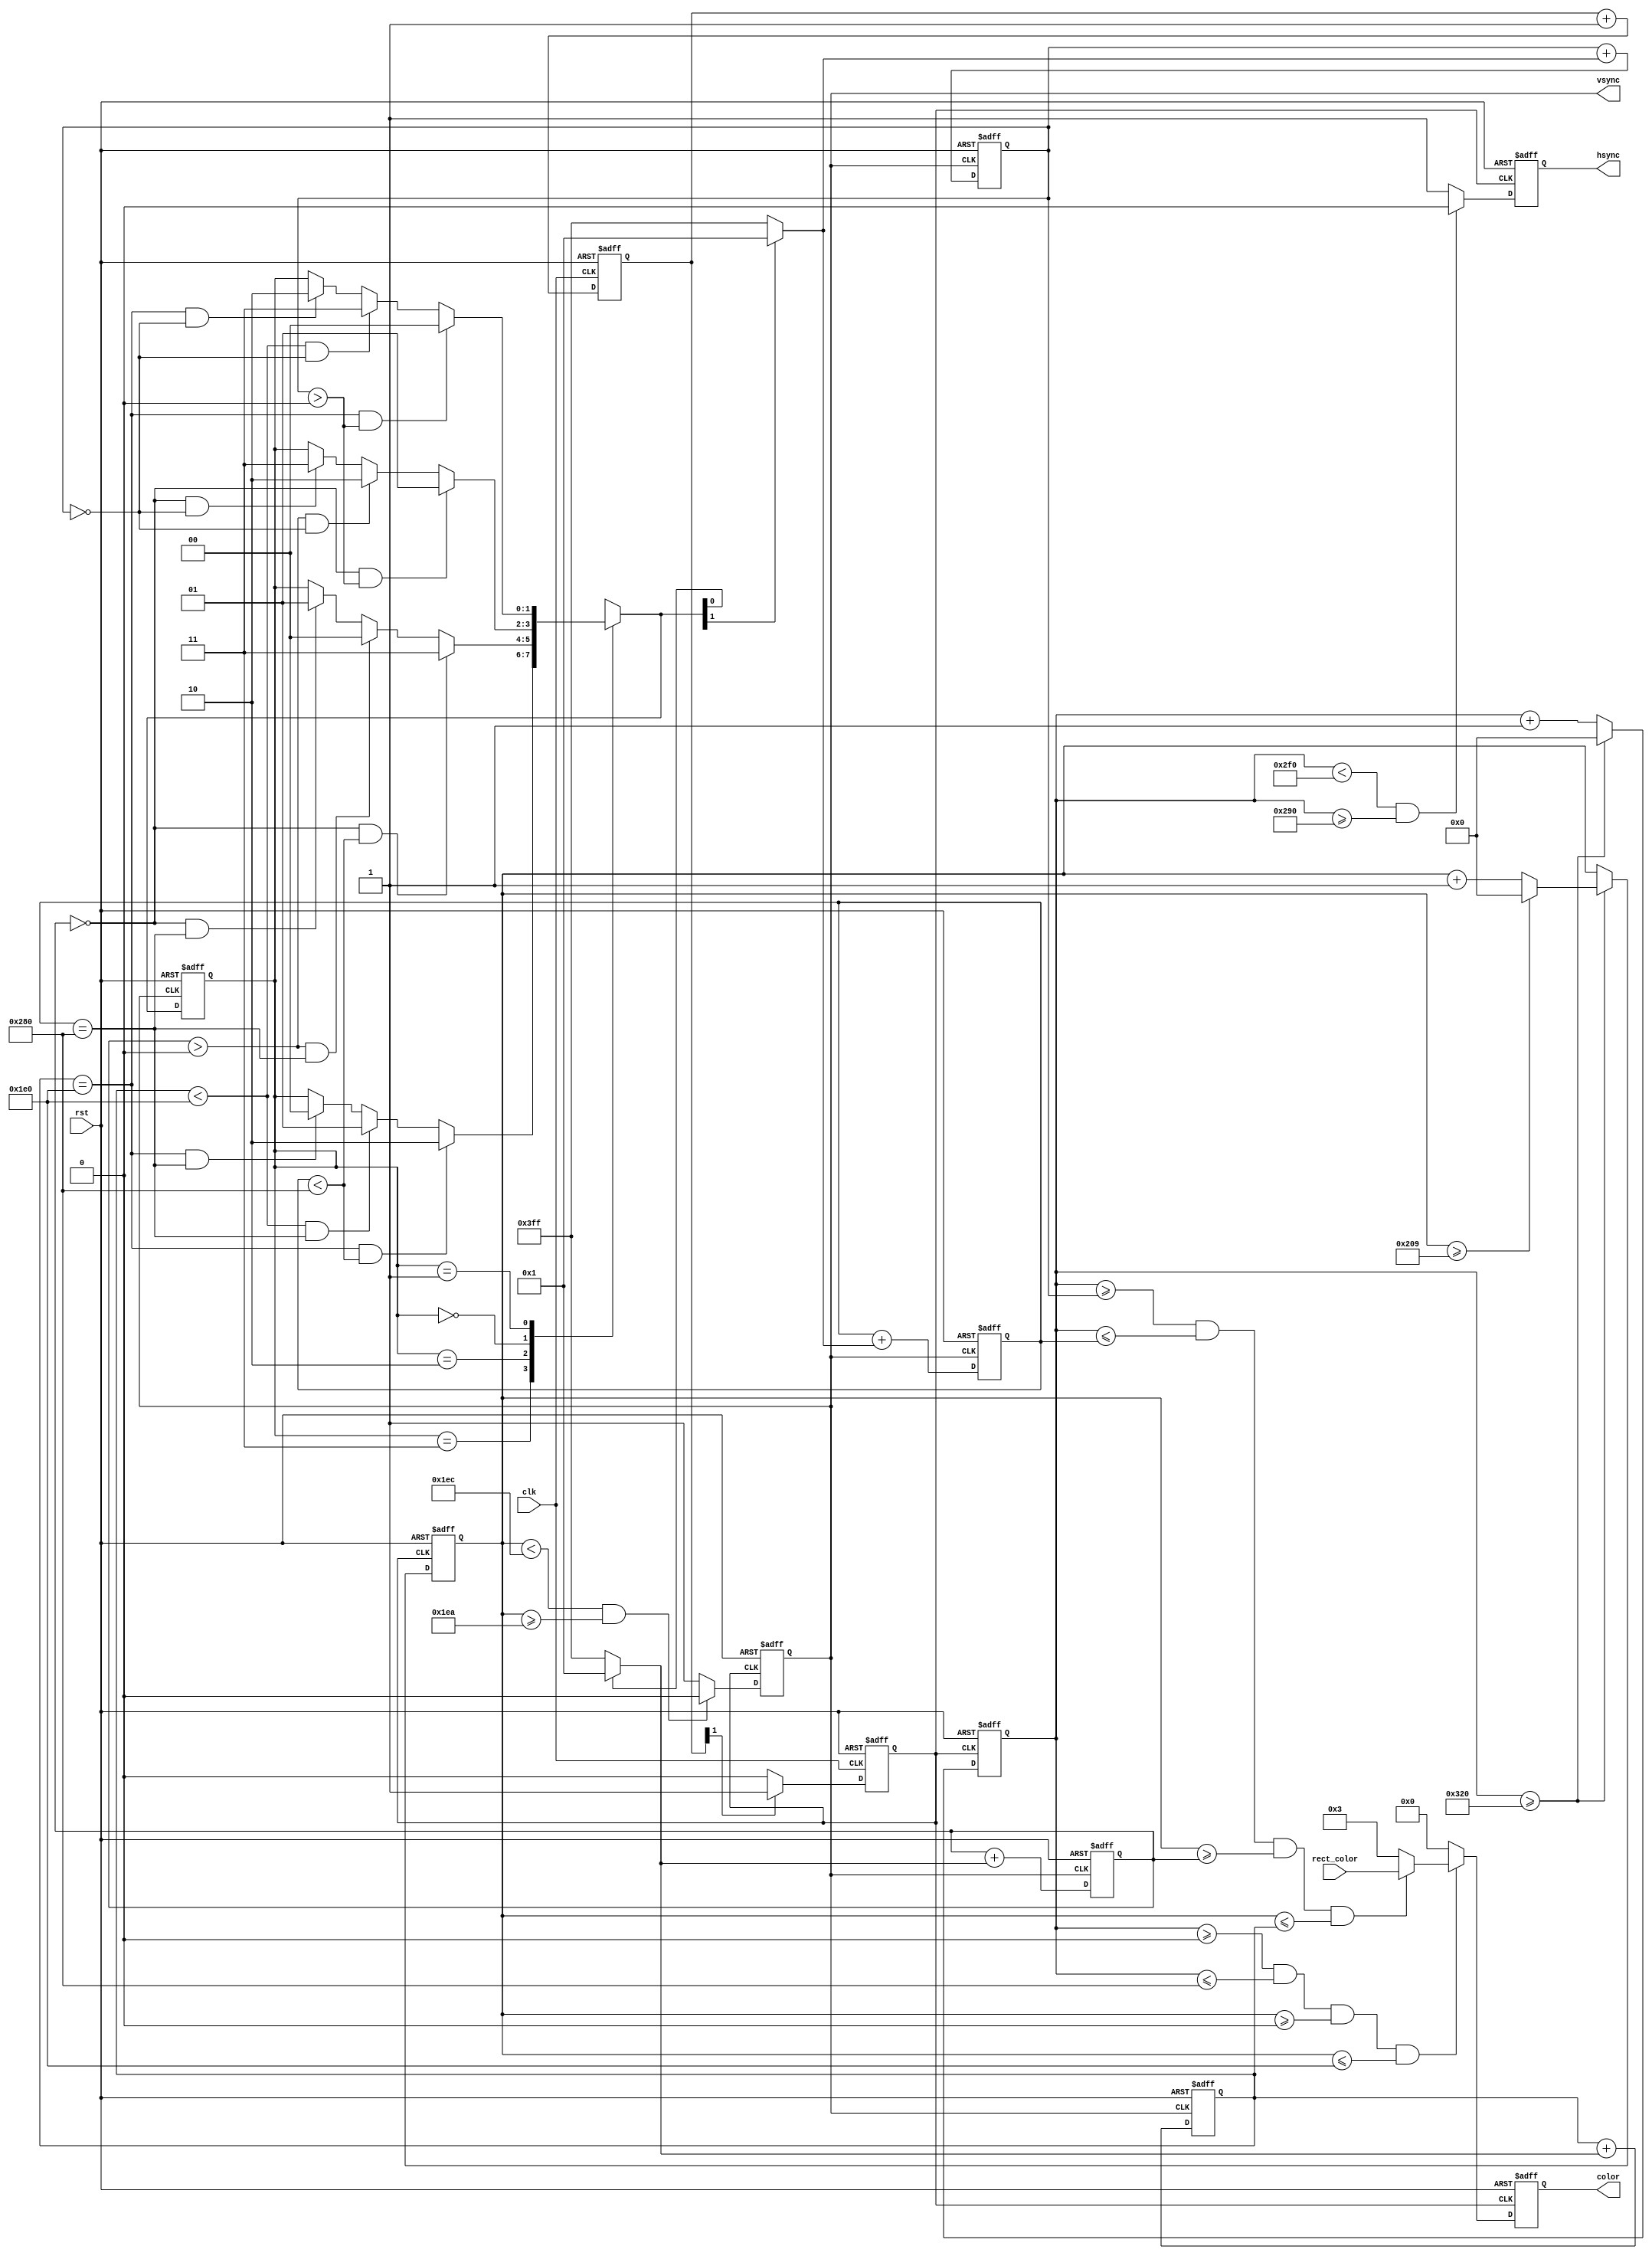
`timescale 1ns / 1ps
//////////////////////////////////////////////////////////////////////////////////
// Company: 
// Engineer: 
// 
// Design Name: 
// Module Name:    VGA 
// Project Name: 
// Target Devices: 
// Tool versions: 
// Description: 
//
// Dependencies: 
//
// Revision: 
// Revision 0.01 - File Created
// Additional Comments: 
//
//////////////////////////////////////////////////////////////////////////////////
module VGA(
input clk, rst, 
input [7:0] rect_color,
output reg hsync,vsync,
output reg [7:0] color
    );

reg [9:0] hgrid = 0; // 800 TS , x 
reg [9:0] vgrid = 0; // 521 Ts , y
reg clk_4fp = 0;
reg [1:0] count = 0;
// 25M Hz
always @ (posedge clk or posedge rst) begin
  if(rst) 
      count <= 0; 
  else 
 count <= count + 1; 
end

always @ (posedge clk or posedge rst) begin
  if(rst)
  clk_4fp <= 0;  
  else begin 
  
    if (count[1] == 1)
	    clk_4fp <= 1;
	 else
	    clk_4fp <= 0;
end 
    
end

 // ,
always @ (posedge clk_4fp or posedge rst) begin
  if(rst) begin 
    hgrid <= 0;
	 vgrid <= 0;
 
  end
  else begin
  //basic VGA controller
  // 
    if(hgrid >= 800) begin 
	    hgrid <= 0;
		 vgrid <= (vgrid >= 521? 0 : vgrid + 1'b1);
	 end 
    else
	    hgrid <= hgrid + 1'b1;
  end
end

// TpwTpw(
always @(posedge clk_4fp or posedge rst) begin
if(rst) begin 
  hsync <= 0;
  vsync <= 0;
end
else begin
  if(hgrid < 752 &&hgrid  >= 656) // Tpw 
     hsync <= 0;
  else 
     hsync <= 1;
	  
  if(vgrid < 492 && vgrid >= 490 )
     vsync <= 0;
  else 
     vsync <= 1;
end

end


////////////////////////////////////////////
// 

parameter  WIDTH = 32, //
           HEIGHT = 24,  //
			  // 
			  DISV_TOP = 10'd480,  // 520 - Tfp
			  DISV_DOWN =10'd0,  // Tbp + Tpw -1
			  DISH_LEFT = 10'd0, // Tbp + Tpw -1
			  DISH_RIGHT = 10'd640; // 799 -Tfp
			  
//			   
reg [9:0] topbound = DISV_DOWN + HEIGHT;
reg [9:0] downbound = DISV_DOWN ;
reg [9:0] leftbound = DISH_LEFT ;
reg [9:0] rightbound = DISH_LEFT + WIDTH ;
//
reg [1:0] movexy = 2'b11;
/*

60/s, vsyncTs1pxvsync
*/

//

always @ (posedge vsync or posedge rst) begin
if(rst) begin 
   topbound = DISV_DOWN + HEIGHT ;
	downbound = DISV_DOWN;
	leftbound = DISH_LEFT;
	rightbound = DISH_LEFT + WIDTH ;
	movexy = 2'b11;
 
end

else begin
     //
	 case(movexy[1:0])
	 2'b11: begin // 
	         if (topbound == DISV_TOP && rightbound < DISH_RIGHT )
				    movexy = 2'b10;
				else if (topbound < DISV_TOP && rightbound == DISH_RIGHT )
				    movexy = 2'b01;
			   else if (topbound == DISV_TOP && rightbound == DISH_RIGHT )
				    movexy = 2'b00;
	        end
	 2'b10: begin // 
	         if (downbound  == DISV_DOWN&& rightbound < DISH_RIGHT )
				    movexy = 2'b11;
				else if (downbound > DISV_DOWN && rightbound == DISH_RIGHT )
				    movexy = 2'b00;
			   else if (downbound == DISV_DOWN && rightbound == DISH_RIGHT )
				    movexy = 2'b01;
	        end
	 2'b00: begin // 
	         if (downbound == DISV_DOWN && leftbound > DISH_LEFT )
				    movexy = 2'b01;
				else if (downbound > DISV_DOWN  && leftbound == DISH_LEFT )
				    movexy = 2'b10;
			   else if (downbound == DISV_DOWN && leftbound == DISH_LEFT )
				    movexy = 2'b11;
	        end
	 2'b01:  begin // 
	         if (topbound == DISV_TOP && leftbound > DISH_LEFT )
				    movexy = 2'b00;
				else if (topbound < DISV_TOP && leftbound == DISH_LEFT )
				    movexy = 2'b11;
			   else if (topbound == DISV_TOP && leftbound == DISH_LEFT )
				    movexy = 2'b10;
	        end
	 default: movexy = 2'b11;
	 endcase
	 
	  topbound <= topbound + ( movexy[0]? 1 : -1 );
	  downbound <= downbound + ( movexy[0]? 1 : -1 );
	  leftbound <= leftbound + ( movexy[1]? 1 : -1 );
     rightbound <= rightbound + ( movexy[1]? 1 : -1 );	

end

end

// 
always @(posedge clk_4fp or posedge rst) begin
if(rst)
     color <= 8'b0000_0000; 
	  
else begin
if (hgrid >= DISH_LEFT  && hgrid <= DISH_RIGHT  && vgrid >= DISV_DOWN && vgrid <= DISV_TOP) begin
    if(hgrid >= leftbound && hgrid <= rightbound && vgrid >= downbound && vgrid <= topbound)
	   color <= rect_color;  
	 else 		
	   color <= 8'b0000_0011; //blue
end
else begin
   color <= 8'b0000_0000;
end

end
 

end

endmodule